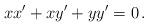
LaTeX: \begin{align*}xx'+xy'+yy'=0\,.\end{align*}